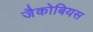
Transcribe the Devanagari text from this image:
जैकोबियस